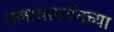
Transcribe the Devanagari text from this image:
तलावापर्यंतच्या